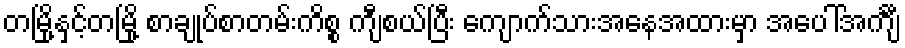
တမြို့နှင့်တမြို့ စာချုပ်စာတမ်းကိစ္စ ကျီစယ်ပြီး ကျောက်သားအနေအထားမှာ အပေါ်အင်္ကျီ